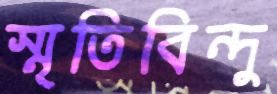
স্মৃতিবিন্দু